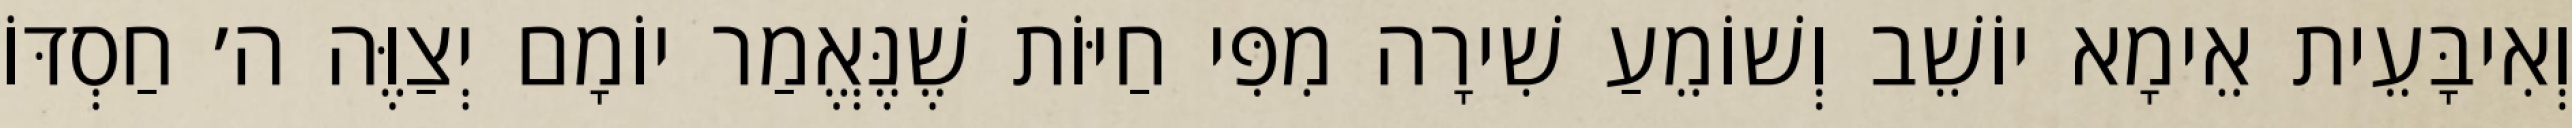
וְאִיבָּעֵית אֵימָא יוֹשֵׁב וְשׁוֹמֵעַ שִׁירָה מִפִּי חַיּוֹת שֶׁנֶּאֱמַר יוֹמָם יְצַוֶּה ה׳ חַסְדּוֹ